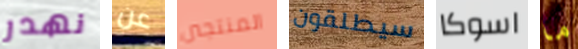
نهدر عن المنتجين سيطلقون اسوكا ما